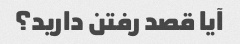
آیا قصد رفتن دارید؟